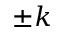
\pm k